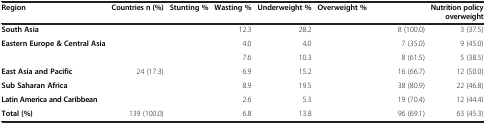
<table><thead><tr><td><b>Region</b></td><td><b>Countries n (%)</b></td><td><b>Stunting %</b></td><td><b>Wasting %</b></td><td><b>Underweight %</b></td><td><b>Overweight %</b></td><td>[EMPTY_CELL]</td><td><b>Nutrition policy overweight</b></td></tr></thead><tbody><tr><td><b>South Asia</b></td><td>[EMPTY_CELL]</td><td>[EMPTY_CELL]</td><td>12.3</td><td>28.2</td><td>[EMPTY_CELL]</td><td>8 (100.0)</td><td>3 (37.5)</td></tr><tr><td><b>Eastern Europe &amp; Central Asia</b></td><td>[EMPTY_CELL]</td><td>[EMPTY_CELL]</td><td>4.0</td><td>4.0</td><td>[EMPTY_CELL]</td><td>7 (35.0)</td><td>9 (45.0)</td></tr><tr><td>[EMPTY_CELL]</td><td>[EMPTY_CELL]</td><td>[EMPTY_CELL]</td><td>7.6</td><td>10.3</td><td>[EMPTY_CELL]</td><td>8 (61.5)</td><td>5 (38.5)</td></tr><tr><td><b>East Asia and Pacific</b></td><td>24 (17.3)</td><td>[EMPTY_CELL]</td><td>6.9</td><td>15.2</td><td>[EMPTY_CELL]</td><td>16 (66.7)</td><td>12 (50.0)</td></tr><tr><td><b>Sub Saharan Africa</b></td><td>[EMPTY_CELL]</td><td>[EMPTY_CELL]</td><td>8.9</td><td>19.5</td><td>[EMPTY_CELL]</td><td>38 (80.9)</td><td>22 (46.8)</td></tr><tr><td><b>Latin America and Caribbean</b></td><td>[EMPTY_CELL]</td><td>[EMPTY_CELL]</td><td>2.6</td><td>5.3</td><td>[EMPTY_CELL]</td><td>19 (70.4)</td><td>12 (44.4)</td></tr><tr><td><b>Total (%)</b></td><td>139 (100.0)</td><td>[EMPTY_CELL]</td><td>6.8</td><td>13.8</td><td>[EMPTY_CELL]</td><td>96 (69.1)</td><td>63 (45.3)</td></tr></tbody></table>